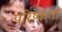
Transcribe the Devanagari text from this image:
परिष्कर्ता